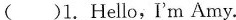
()1.Hello,I'm Amy.